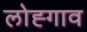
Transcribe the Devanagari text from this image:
लोह्गाव